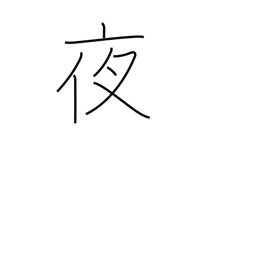
Meaning: night